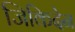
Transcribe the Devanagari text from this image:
जिकिदेन